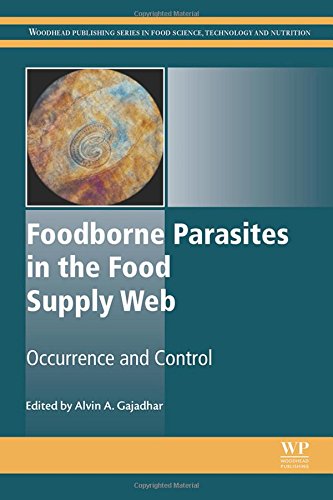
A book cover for Foodborne Parasites in the Food Supply Web: Occurrence and Control (Woodhead Publishing Series in Food Science, Technology and Nutrition); Science & Math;